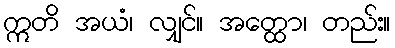
ဣတိ အယံ၊ လျှင်။ အတ္ထော၊ တည်း။